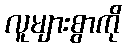
လူများစွာကို